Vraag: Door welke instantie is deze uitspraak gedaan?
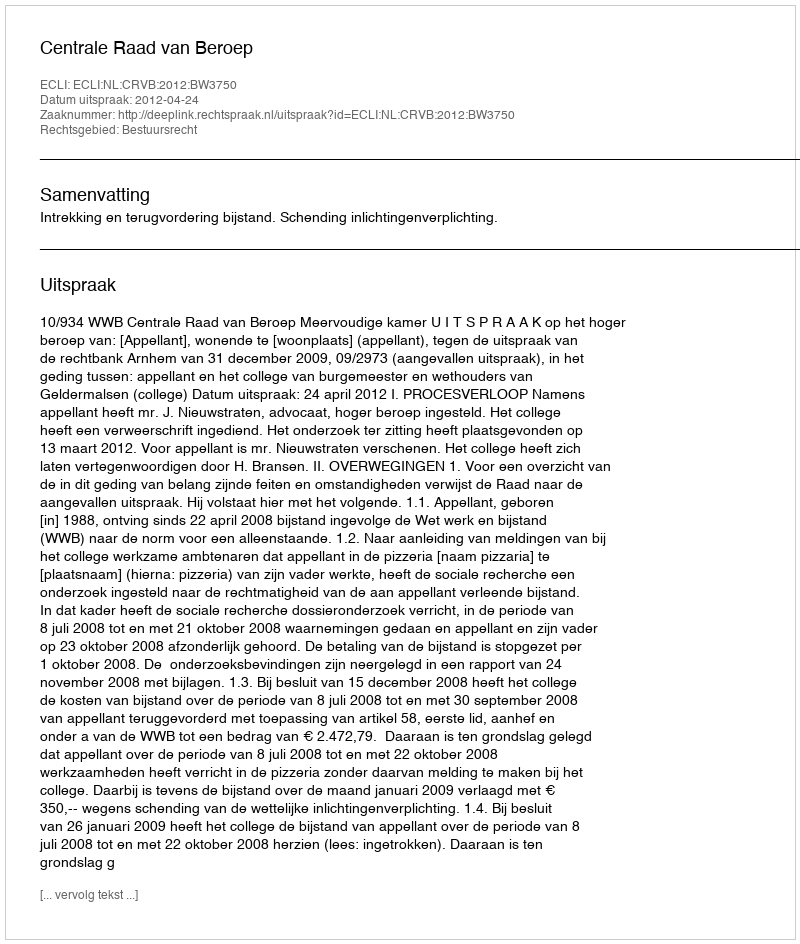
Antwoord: Centrale Raad van Beroep